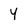
Character: y